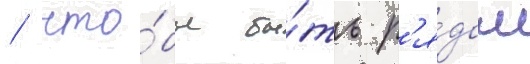
/ что́бы бы́ть р'я́дом